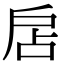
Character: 扂